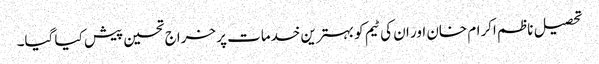
تحصیل ناظم اکرام خان اور ان کی ٹیم کو بہترین خدمات پر خراج تحسین پیش کیا گیا۔